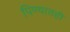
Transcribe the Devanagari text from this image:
पिण्यातही